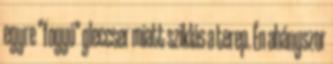
egyre "fogyó" gleccser miatt sziklás a terep. Én ahányszor